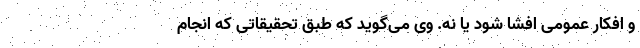
و افکار عمومی افشا شود یا نه. وی می‌گوید که طبق تحقیقاتی که انجام